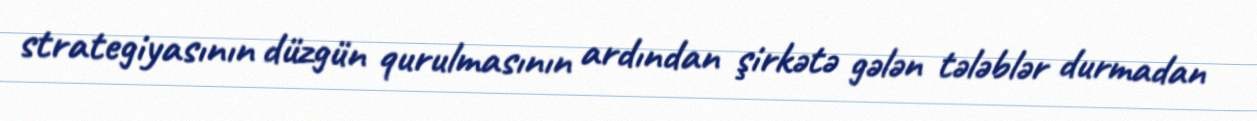
strategiyasının düzgün qurulmasının ardından şirkətə gələn tələblər durmadan